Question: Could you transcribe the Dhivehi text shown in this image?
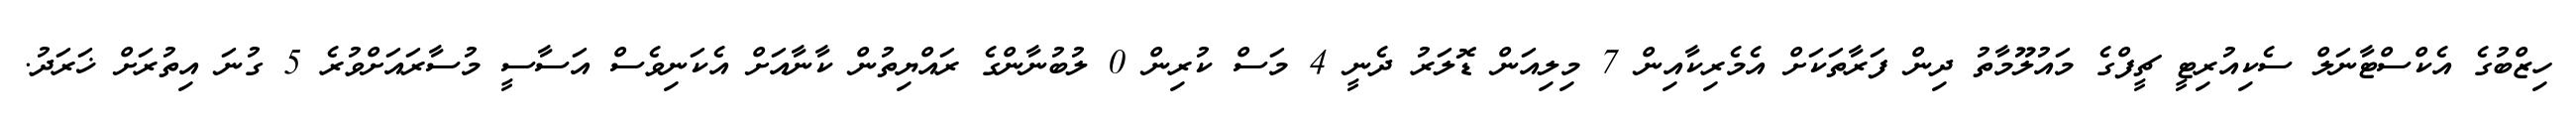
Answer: ހިޒްބުގެ އެކްސްޓާނަލް ސެކިއުރިޓީ ޗީފްގެ މައުލޫމާތު ދިން ފަރާތަކަށް އެމެރިކާއިން 7 މިލިއަން ޑޮލަރު ދެނީ 4 މަސް ކުރިން 0 ލުބުނާންގެ ރައްޔިތުން ކާނާއަށް އެކަނިވެސް އަސާސީ މުސާރައަށްވުރެ 5 ގުނަ އިތުރަށް ޚަރަދު.